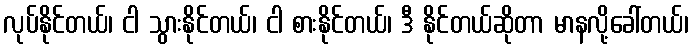
လုပ်နိုင်တယ်၊ ငါ သွားနိုင်တယ်၊ ငါ စားနိုင်တယ်၊ ဒီ နိုင်တယ်ဆိုတာ မာနလို့ခေါ်တယ်၊